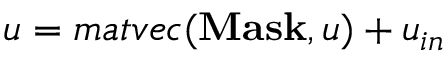
u = m a t v e c ( \mathbf { M a s k } , u ) + u _ { i n }